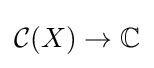
{\mathcal {C}}(X)\to \mathbb {C}